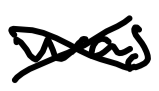
Text: was
Cross-out: cross
Writing tool: digital_black